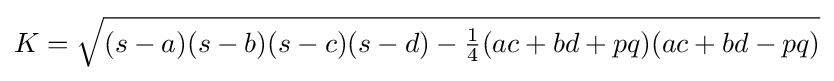
K={\sqrt {(s-a)(s-b)(s-c)(s-d)-{\tfrac {1}{4}}(ac+bd+pq)(ac+bd-pq)}}